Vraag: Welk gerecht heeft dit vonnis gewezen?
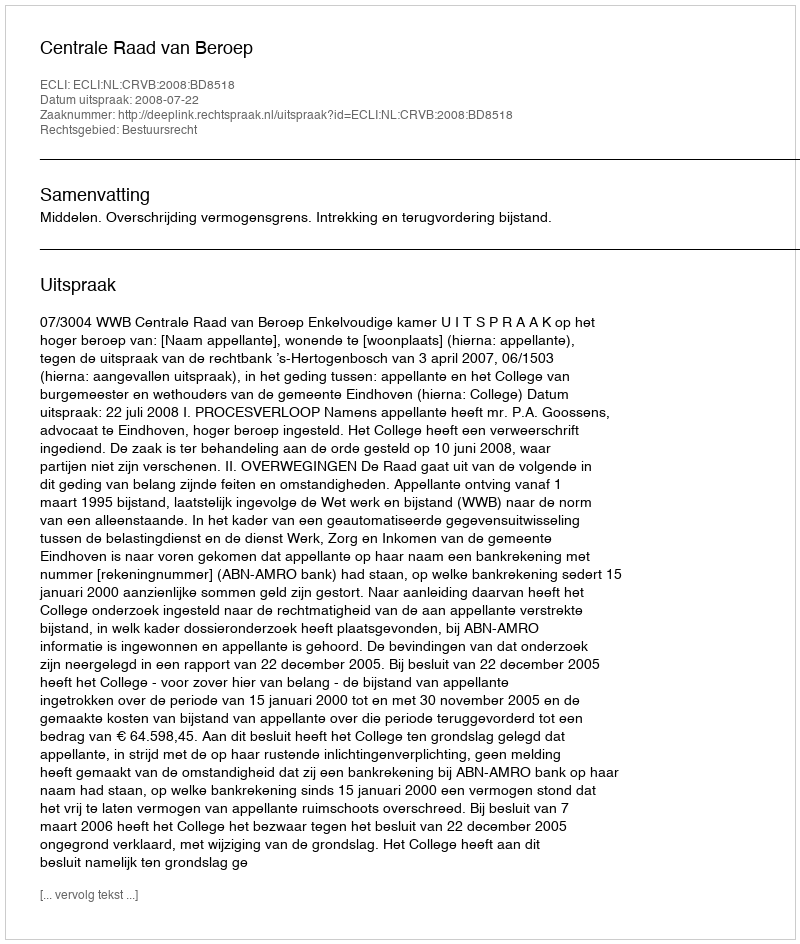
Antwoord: Centrale Raad van Beroep